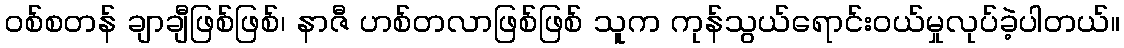
ဝစ်စတန် ချာချီဖြစ်ဖြစ်၊ နာဇီ ဟစ်တလာဖြစ်ဖြစ် သူက ကုန်သွယ်ရောင်းဝယ်မှုလုပ်ခဲ့ပါတယ်။